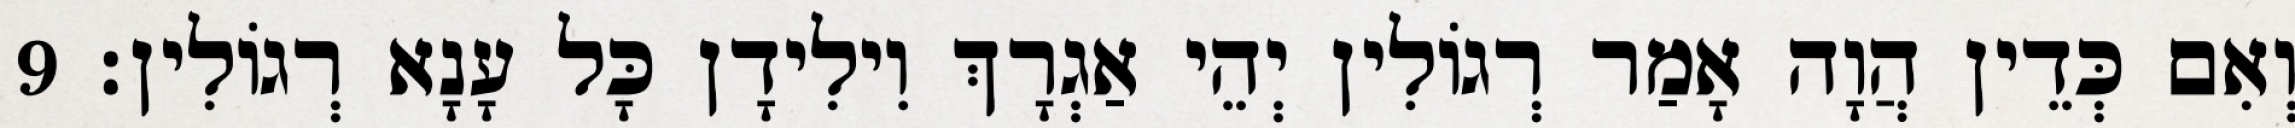
וְאִם כְּדֵין הֲוָה אָמַר רְגוֹלִין יְהֵי אַגְרָךְ וִילִידָן כָּל עָנָא רְגוֹלִין׃ 9